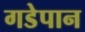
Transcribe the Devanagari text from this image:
गडेपान